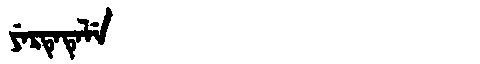
Manchu: ᠶᡝᡵᡨᡝᡨᡝᠯᡝ
Romanization: YERTETELE